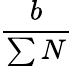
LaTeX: \frac{b}{\sum N}